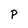
Character: P